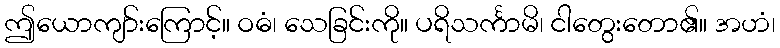
ဤယောကျာ်းကြောင့်။ ဝဓံ၊ သေခြင်းကို။ ပရိသင်္ကာမိ၊ ငါတွေးတော၏။ အဟံ၊